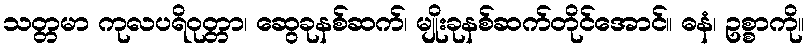
သတ္တမာ ကုလပရိဝုတ္တာ၊ ဆွေခုနစ်ဆက်၊ မျိုးခုနစ်ဆက်တိုင်အောင်။ ဓနံ၊ ဥစ္စာကို။